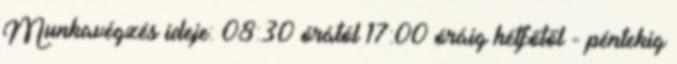
Munkavégzés ideje: 08:30 órától 17:00 óráig hétfőtől - péntekig